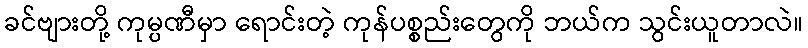
ခင်ဗျားတို့ ကုမ္ပဏီမှာ ရောင်းတဲ့ ကုန်ပစ္စည်းတွေကို ဘယ်က သွင်းယူတာလဲ။